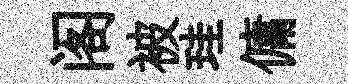
阁被珪傭